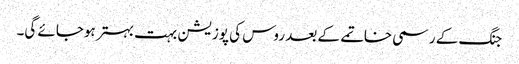
جنگ کے رسمی خاتمے کے بعد روس کی پوزیشن بہت بہتر ہوجائے گی۔